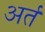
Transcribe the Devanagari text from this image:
अर्त